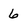
Character: 6